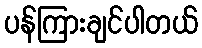
ပန်ကြားချင်ပါတယ်